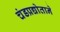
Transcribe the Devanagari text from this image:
चंडप्रद्योताने